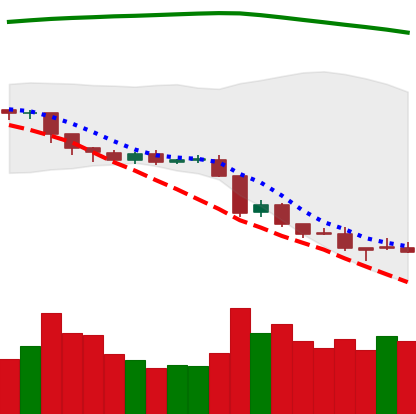
Ticker: EOS-USD
Chart end date: 2018-08-16
Forward return: 8.604%
Label: up_7plus